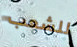
للشعب